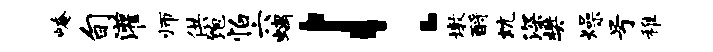
崦旬灌师供饱怕六螭！墩酹炕深樊燥号稚